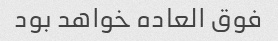
فوق العاده خواهد بود